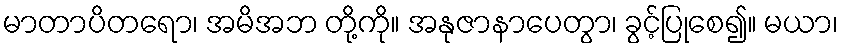
မာတာပိတရော၊ အမိအဘ တို့ကို။ အနုဇာနာပေတွာ၊ ခွင့်ပြုစေ၍။ မယာ၊